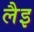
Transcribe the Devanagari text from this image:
लैइ